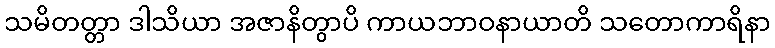
သမိတတ္တာ ဒါသိယာ အဇာနိတွာပိ ကာယဘာဝနာယာတိ သတောကာရိနာ